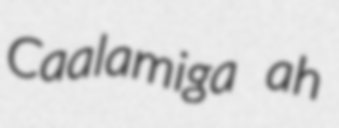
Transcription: Caalamiga ah